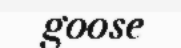
goose